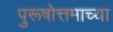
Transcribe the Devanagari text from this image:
पुरूषोत्तमाच्या